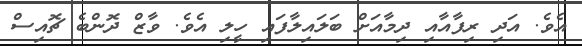
އެވެ. އަދި ރިފާއާއި ދިމާއަށް ބަލައިލާފައި ހީލި އެވެ. ވާޒް ދޮންބެ ޗޮއިސް